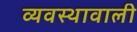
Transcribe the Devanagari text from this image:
व्यवस्थावाली